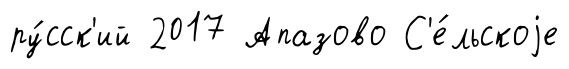
ру́сск'ий 2017 Апазово С'е́льскоjе